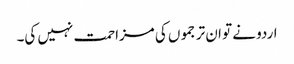
اردو نے تو ان ترجموں کی مزاحمت نہیں کی۔